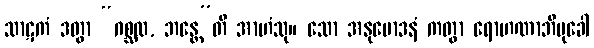
သာဋကံ ဒတွာ “ဂစ္ဆထ, ဘန္တေ”တိ အာဟံသု။ သော အနုမောဒနံ ကတွာ ရောဟဏာဘိမုခေါ